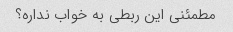
مطمئنی این ربطی به خواب نداره؟